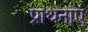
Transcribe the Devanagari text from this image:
प्राथनाएं